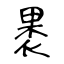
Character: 褁